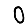
Digit: 0